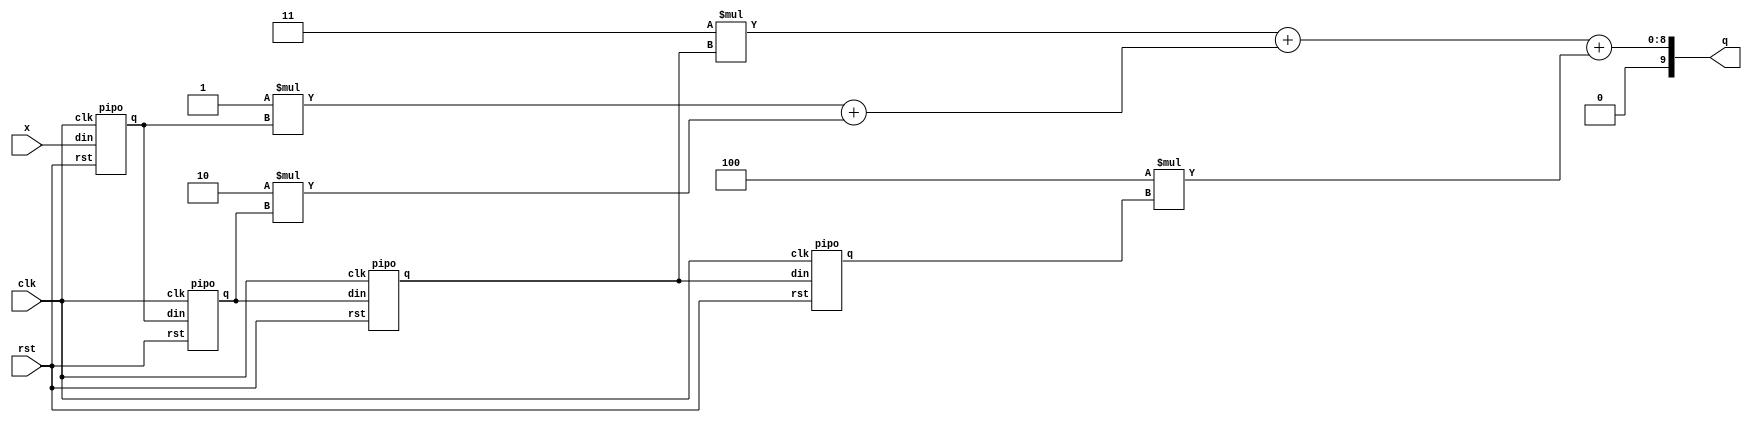
`timescale 1ns / 1ps

module FIR(
input [3:0] x,
input clk,rst,
output [9:0] q
);
parameter h0=4'b0001;
parameter h1=4'b0010;
parameter h2=4'b0011;
parameter h3=4'b0100;
wire [3:0]w0,w1,w2,w3;
wire [7:0]w4,w5,w6,w7;
wire [9:0]w8,w9;
pipo d1(x,clk,rst,w0);
pipo d2(w0,clk,rst,w1);
pipo d3(w1,clk,rst,w2);
pipo d4(w2,clk,rst,w3);
assign w4=h0*w0;
assign w5=h1*w1;
assign w6=h2*w2;
assign w7=h3*w3;
assign w8=w4+w5;
assign w9=w6+w8;
assign q=w9+w7;
endmodule
module pipo(
input[3:0] din,
input clk,rst,
output reg [3:0] q);
always @ (posedge clk or negedge rst)
if (!rst)
q <= 4'b0000;
else
q <= din;
endmodule